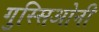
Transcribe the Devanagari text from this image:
गुस्सिओनी